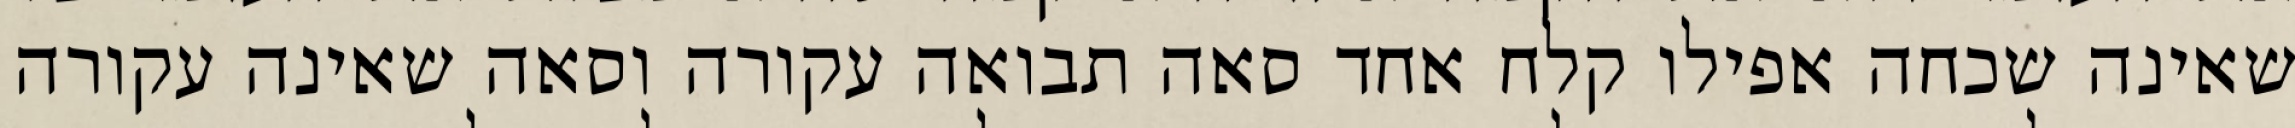
שאינה שכחה אפילו קלח אחד סאה תבואה עקורה וסאה שאינה עקורה